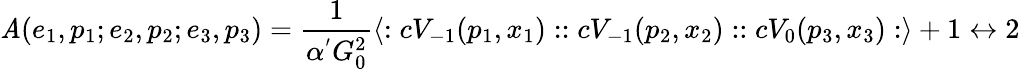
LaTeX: \mathit{A}(e_{1},p_{1};e_{2},p_{2};e_{3},p_{3})=\frac{{1}}{{\alpha^{'}G_{0}^{2}}}\langle:cV_{-1}(p_{1},x_{1})::cV_{-1}(p_{2},x_{2})::cV_{0}(p_{3},x_{3}):\rangle+1\leftrightarrow2